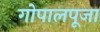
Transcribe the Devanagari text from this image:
गोपालपूजा